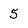
Character: 5